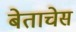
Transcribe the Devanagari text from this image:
बेताचेस